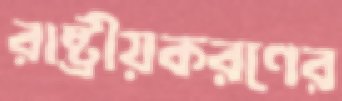
রাষ্ট্রীয়করণের